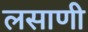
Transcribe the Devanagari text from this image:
लसाणी